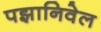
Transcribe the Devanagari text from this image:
पझानिवेल